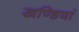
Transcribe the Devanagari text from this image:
खण्डियां